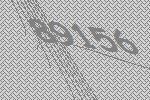
89156